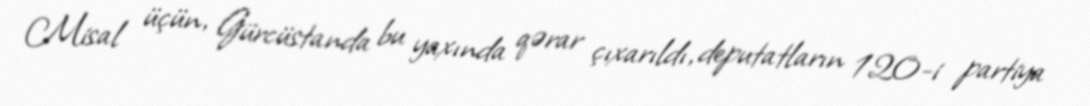
Misal üçün, Gürcüstanda bu yaxında qərar çıxarıldı, deputatların 120-i partiya